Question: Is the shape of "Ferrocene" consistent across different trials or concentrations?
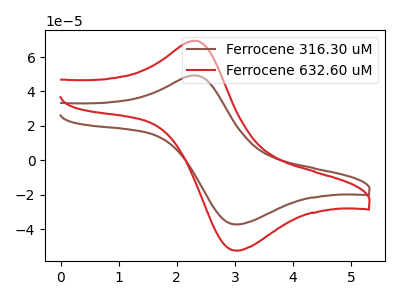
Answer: <think>The brown curve "Ferrocene 316.30 uM" has an anodic peak at (2.35V, 49.35uA) and a cathodic peak at (3.00V, -37.25uA). The red curve "Ferrocene 632.60 uM" has an anodic peak at (2.35V, 69.50uA) and a cathodic peak at (3.00V, -52.50uA).
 All the peaks in "Ferrocene 316.30 uM" have a peak in "Ferrocene 632.60 uM" at the same potential. Every peak in "Ferrocene 316.30 uM" is lower than every peak in "Ferrocene 632.60 uM".</think>
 <answer>All the CV's of "Ferrocene" have similar shape.</answer>
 <eval>follow_rule</eval>